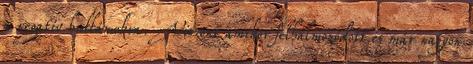
a negatív hullámokra. Viszont amikor felhalmozódott és már nagyon